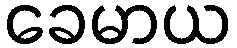
ခေမာယ